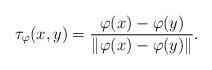
LaTeX: \begin{align*}\tau_{\varphi}(x,y)=\frac{\varphi(x)-\varphi(y)}{\|\varphi(x)-\varphi(y)\|}.\end{align*}